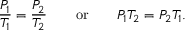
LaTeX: { \frac { P _ { 1 } } { T _ { 1 } } } = { \frac { P _ { 2 } } { T _ { 2 } } } \qquad { \mathrm { o r } } \qquad P _ { 1 } T _ { 2 } = P _ { 2 } T _ { 1 } .